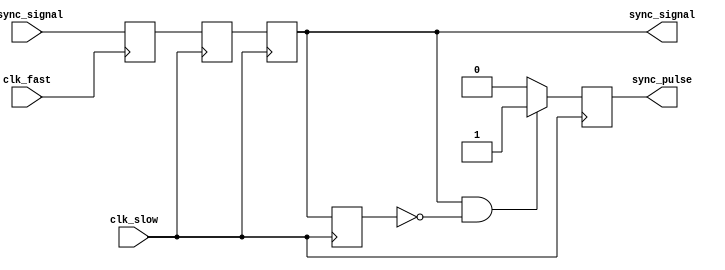
module pulsed_synchronizer (
    input wire async_signal,    // Input signal from the fast clock domain
    input wire clk_fast,        // Fast clock domain
    input wire clk_slow,        // Slow clock domain
    output reg sync_signal,      // Synchronized output signal
    output reg sync_pulse        // Pulsed output signal
);

// Internal signals
reg async_reg1; // First stage register in the fast clock domain
reg async_reg2; // Second stage register in the slow clock domain

// Sampling in the fast clock domain
always @(posedge clk_fast) begin
    async_reg1 <= async_signal; // Capture the async signal
end

// Synchronization in the slow clock domain
always @(posedge clk_slow) begin
    async_reg2 <= async_reg1;    // Sample the first stage output
end

// Generate pulse based on the synchronized signal
reg sync_signal_prev; // Previous state of the synchronized signal

always @(posedge clk_slow) begin
    sync_signal <= async_reg2; // Output synchronized signal
    // Generate a pulse on the rising edge of the synchronized signal
    if (sync_signal && !sync_signal_prev) begin
        sync_pulse <= 1'b1; // Assert pulse
    end else begin
        sync_pulse <= 1'b0; // Deassert pulse
    end
    sync_signal_prev <= sync_signal; // Update previous state
end

endmodule